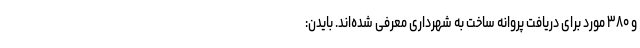
و ۳۸۰ مورد برای دریافت پروانه ساخت به شهرداری معرفی شده‌اند. بایدن: